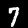
Label: 7